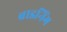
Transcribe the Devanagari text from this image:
ब्राइनिंग